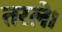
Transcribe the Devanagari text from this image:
तरले।